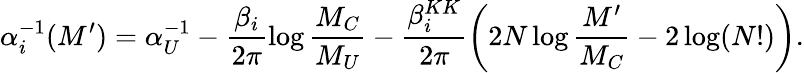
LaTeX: \alpha_{i}^{-1}(M^{\prime})=\alpha_{U}^{-1}-\frac{\beta_{i}}{2\pi}\log\frac{M_{C}}{M_{U}}-\frac{\beta_{i}^{KK}}{2\pi}\left(2N\log\frac{M^{\prime}}{M_{C}}-2\log(N!)\right).